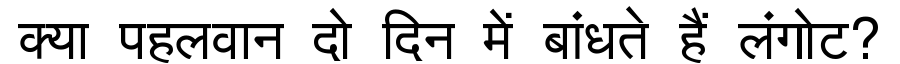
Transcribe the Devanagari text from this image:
क्या पहलवान दो दिन में बांधते हैं लंगोट?